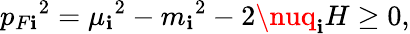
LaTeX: {p_{F\mathbf{i}}}^{2}={\mu_{\mathbf{i}}}^{2}-{m_{\mathbf{i}}}^{2}-2\nuq_{\mathbf{i}}H\ge0,